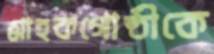
গ্রাহকগোষ্ঠীকে